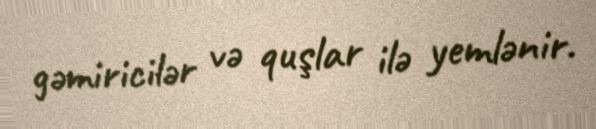
gəmiricilər və quşlar ilə yemlənir.